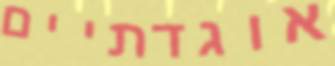
אוגדתיים